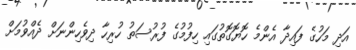
އަދި މަހުގެ ފައިދާ އެންމެ ހޮޔޮގޮތުގައި ހިފުމުގެ ފުރުސަތު ހުރިހާ ދިވެހިންނަށް ދެއްވުމަށް